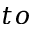
t o